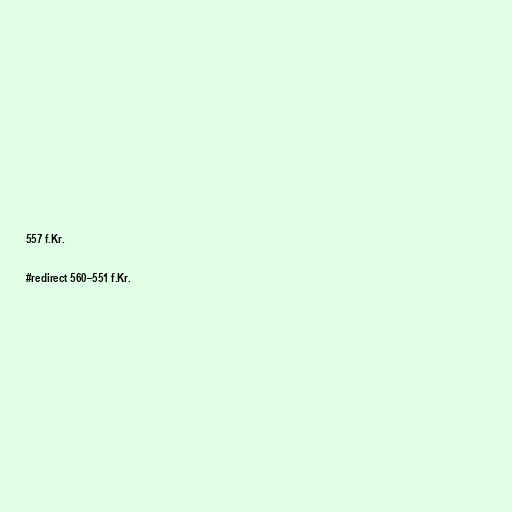
557 f.Kr.

#redirect 560–551 f.Kr.